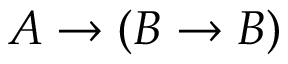
A \to ( B \to B )